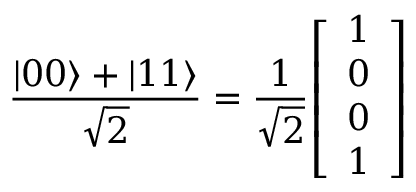
{ \frac { | 0 0 \rangle + | 1 1 \rangle } { \sqrt { 2 } } } = { \frac { 1 } { \sqrt { 2 } } } { \left[ \begin{array} { l } { 1 } \\ { 0 } \\ { 0 } \\ { 1 } \end{array} \right] }